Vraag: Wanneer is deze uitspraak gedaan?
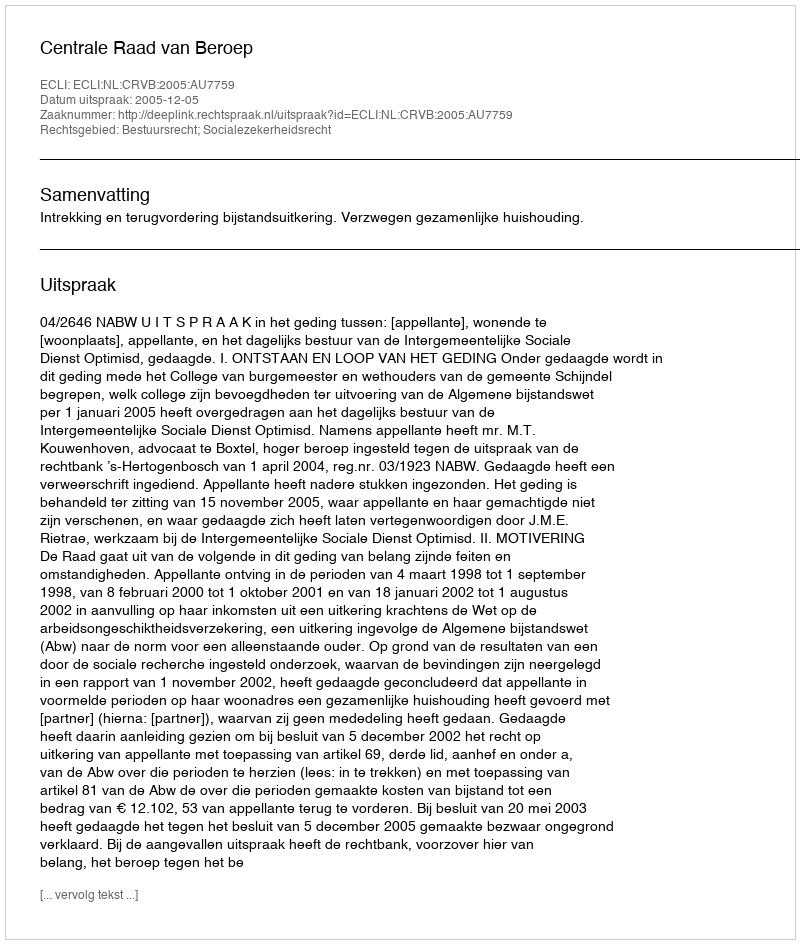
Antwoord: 2005-12-05